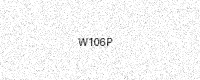
Text: W106P